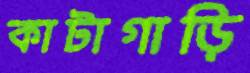
কাটাগাড়ি